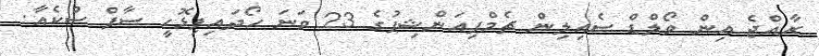
ރާއްޖެ އިން ވޯލްޑް ސެއިލިން ޗެމްޕިއަންޝިޕުގެ 23 ވަނަ ހޯދައިިފިޅޮހީ ސާފް ސްކެއާ: